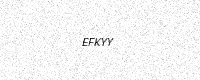
Text: EFKYY